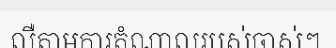
លឺតាមការតំណាលរបស់ចាស់ៗ